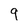
Character: 9